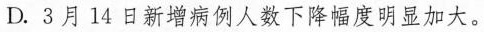
D.3月14日新增病例人数下降幅度明显加大。